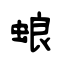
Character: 蜋